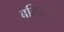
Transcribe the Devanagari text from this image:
बहिद्वारीं